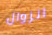
الزوال